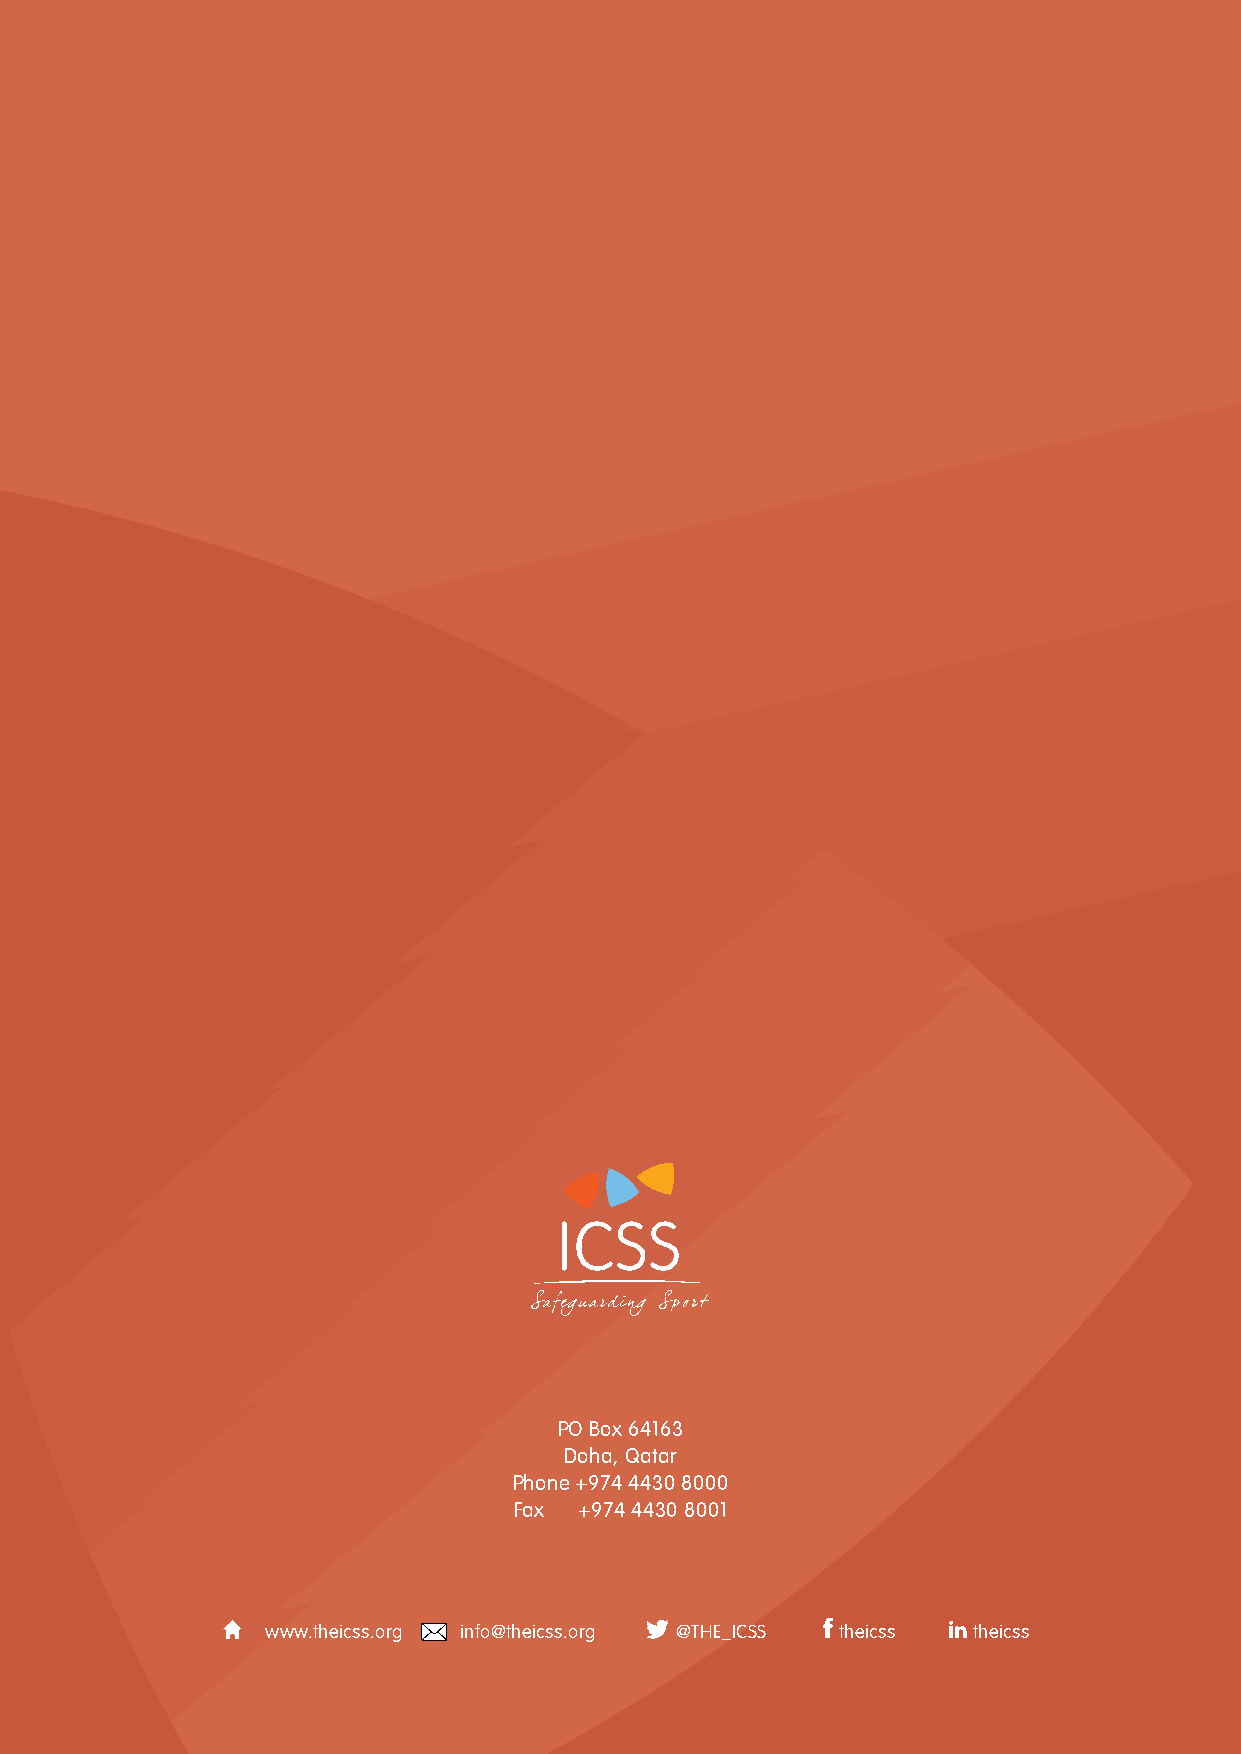
THE IMPACT OF COVID-19 ON GRASSROOTS SPORTS I JUNE 2021
 PO Box 64163
 Doha, Qatar
 Phone +974 4430 8000
 Fax +974 4430 8001
 www.theicss.org info@theicss.org @THE_ICSS theicss theicss
 50